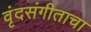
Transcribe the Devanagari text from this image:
वृंदसंगीताचा